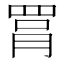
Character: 罥